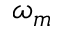
\omega _ { m }